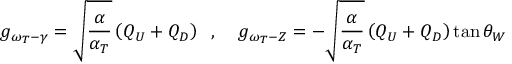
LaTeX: g _ { \omega _ { T } - \gamma } = \sqrt { \frac { \alpha } { \alpha _ { T } } } \left( Q _ { U } + Q _ { D } \right) \; \; , \; \; \; \; g _ { \omega _ { T } - Z } = - \sqrt { \frac { \alpha } { \alpha _ { T } } } \left( Q _ { U } + Q _ { D } \right) \tan \theta _ { W }